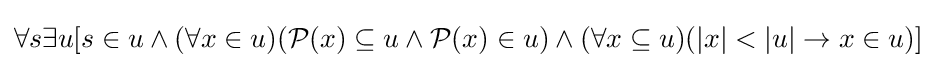
\forall s\exists u[s\in u\land (\forall x\in u)({\mathcal {P}}(x)\subseteq u\land {\mathcal {P}}(x)\in u)\land (\forall x\subseteq u)(|x|<|u|\to x\in u)]